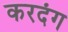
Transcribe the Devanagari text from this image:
करदंग